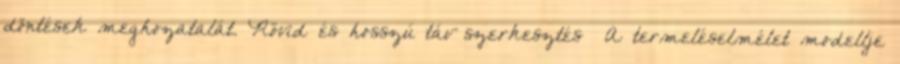
döntések meghozatalát. Rövid és hosszú táv szerkesztés A termeléselmélet modellje